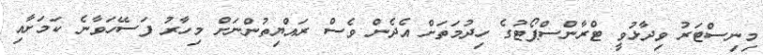
މިނިސްޓަރު ވިދާޅުވީ ޓްރާންސްޕޯޓުގެ ހިދުމަތަށް އެދެން ވެސް ރައްޔިތުންނަށް މިހާރު ފަސޭހަވާނެ ކަމަށާއި